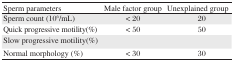
<table><thead><tr><td><b>Sperm parameters</b></td><td><b>Male factor group</b></td><td><b>Unexplained group</b></td></tr></thead><tbody><tr><td>Sperm count (10<sup>6</sup>/mL)</td><td>&lt; 20</td><td>≥20</td></tr><tr><td>Quick progressive motility(%)</td><td>&lt; 50</td><td>≥50</td></tr><tr><td>Slow progressive motility(%)</td><td></td><td></td></tr><tr><td>Normal morphology (%)</td><td>&lt; 30</td><td>≥30</td></tr></tbody></table>